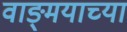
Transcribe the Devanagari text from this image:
वाङ्‍मयाच्या